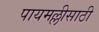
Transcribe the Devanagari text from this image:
पायमल्लीसाठी